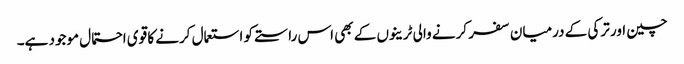
چین اور ترکی کے درمیان سفر کرنے والی ٹرینوں کے بھی اس راستے کو استعمال کرنے کا قوی احتمال موجود ہے۔